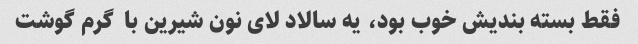
فقط بسته بندیش خوب بود، یه سالاد لای نون شیرین با  گرم گوشت